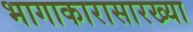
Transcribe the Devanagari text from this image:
भागाकारासारख्या